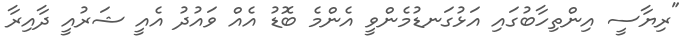
"ރިޔާސީ އިންތިހާބުގައި އަޅުގަނޑުމެންވީ އެންމެ ބޮޑު އެއް ވައުދު އެއީ ޝަރުއީ ދާއިރާ